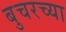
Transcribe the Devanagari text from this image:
बुचरच्या